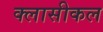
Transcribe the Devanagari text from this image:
क्लासीकल